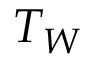
T _ { \cal { W } }